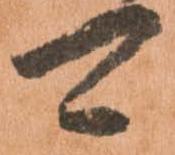
可